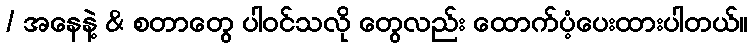
/ အနေနဲ့ & စတာတွေ ပါဝင်သလို တွေလည်း ထောက်ပံ့ပေးထားပါတယ်။